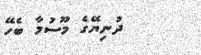
ދުނިޔޭގެ މޫސުމާ ބެހޭ